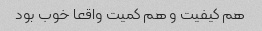
هم کیفیت و هم کمیت واقعا خوب بود